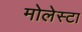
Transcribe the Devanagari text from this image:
मोलेस्टा